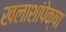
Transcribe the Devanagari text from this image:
खलाशांपेक्षा